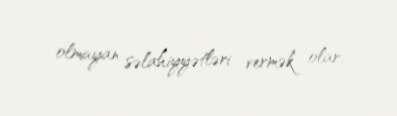
olmayan səlahiyyətləri vermək olar.